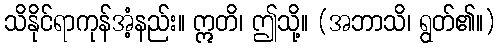
သိနိုင်ရာကုန်အံ့နည်း။ ဣတိ၊ ဤသို့။ (အဘာသိ၊ ရွတ်၏။)